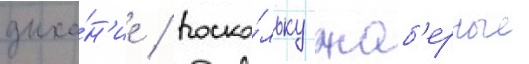
дыха́н'ие / поско́льку жаб'ерные